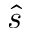
\Hat { s }